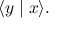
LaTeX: \langle y \mid x \rangle .